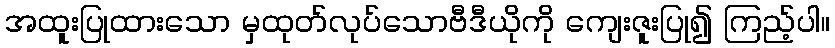
အထူးပြုထားသော မှထုတ်လုပ်သောဗီဒီယိုကို ကျေးဇူးပြု၍ ကြည့်ပါ။